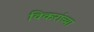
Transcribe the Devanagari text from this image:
विकरांच्या